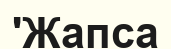
'Жапса